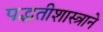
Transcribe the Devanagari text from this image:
पद्धतीशास्त्राने